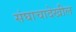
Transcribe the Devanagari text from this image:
संघाचादेखील